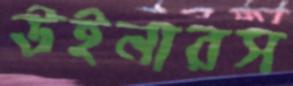
উইনারস